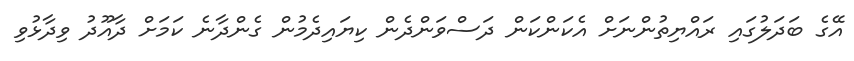
އޭގެ ބަދަލުގައި ރައްޔިތުންނަށް އެކަންކަން ދަސްވަންދެން ކިޔައިދެމުން ގެންދާނެ ކަމަށް ދާއޫދު ވިދާޅުވި